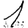
Digit: 1